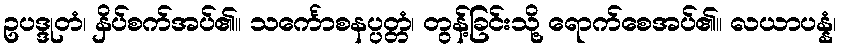
ဥပဒ္ဒုတံ၊ နှိပ်စက်အပ်၏။ သင်္ကောစနပ္ပတ္တံ၊ တွန့်ခြင်းသို့ ရောက်စေအပ်၏။ လယာပန္နံ၊